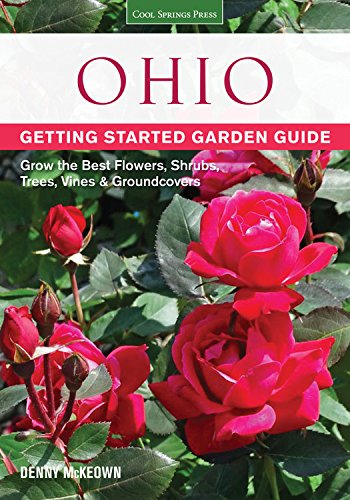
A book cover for Ohio Getting Started Garden Guide: Grow the Best Flowers, Shrubs, Trees, Vines & Groundcovers (Garden Guides); Denny McKeown; Crafts, Hobbies & Home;